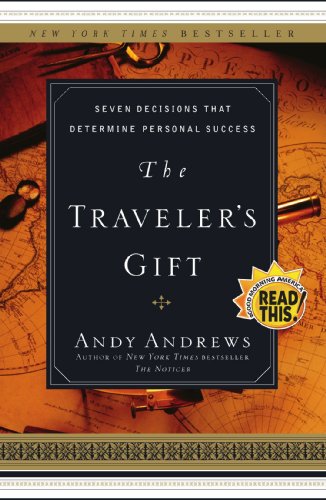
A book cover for The Traveler's Gift: Seven Decisions that Determine Personal Success; Andy Andrews; Christian Books & Bibles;